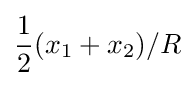
{\frac {1}{2}}(x_{1}+x_{2})/R